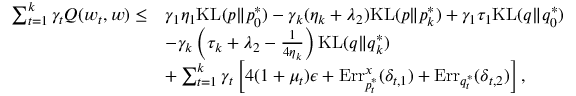
\begin{array} { r l } { \sum _ { t = 1 } ^ { k } \gamma _ { t } Q ( w _ { t } , w ) \leq } & { \gamma _ { 1 } \eta _ { 1 } \mathrm { K L } ( p \| p _ { 0 } ^ { * } ) - \gamma _ { k } ( \eta _ { k } + \lambda _ { 2 } ) \mathrm { K L } ( p \| p _ { k } ^ { * } ) + \gamma _ { 1 } \tau _ { 1 } \mathrm { K L } ( q \| q _ { 0 } ^ { * } ) } \\ & { - \gamma _ { k } \left( \tau _ { k } + \lambda _ { 2 } - \frac { 1 } { 4 \eta _ { k } } \right) \mathrm { K L } ( q \| q _ { k } ^ { * } ) } \\ & { + \sum _ { t = 1 } ^ { k } \gamma _ { t } \left[ 4 ( 1 + \mu _ { t } ) \epsilon + \mathrm { E r r } _ { p _ { t } ^ { * } } ^ { x } ( \delta _ { t , 1 } ) + \mathrm { E r r } _ { q _ { t } ^ { * } } ( \delta _ { t , 2 } ) \right] , } \end{array}